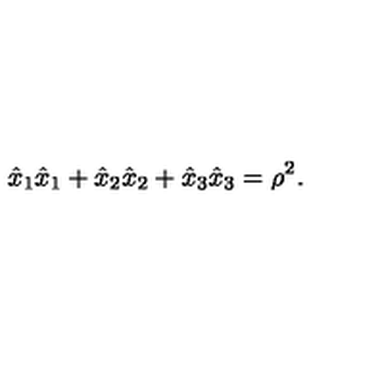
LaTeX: \hat { x } _ { 1 } \hat { x } _ { 1 } + \hat { x } _ { 2 } \hat { x } _ { 2 } + \hat { x } _ { 3 } \hat { x } _ { 3 } = \rho ^ { 2 } .